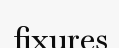
fixures